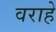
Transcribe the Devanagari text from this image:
वराहे